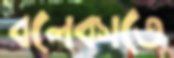
বলেবসতে